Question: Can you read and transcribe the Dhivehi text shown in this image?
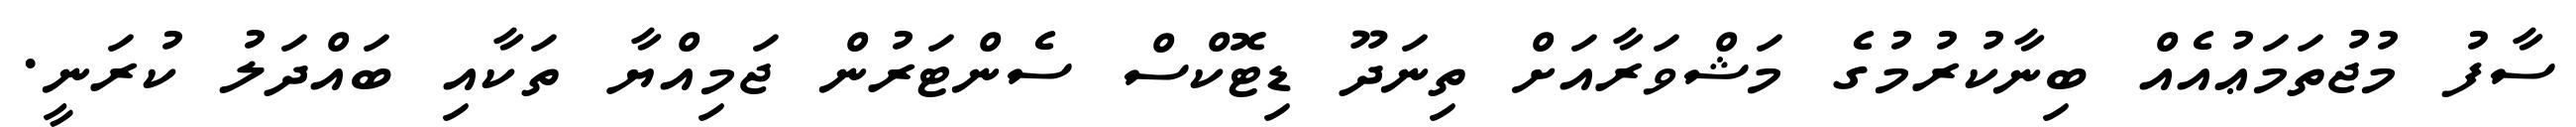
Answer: ސާފު މުޖުތަމަޢުއެއް ބިނާކުރުމުގެ މަޝްވަރާއަށް ތިނަދޫ ޑިޓޮކްސް ސެންޓަރުން ޖަމިއްޔާ ތަކާއި ބައްދަލު ކުރަނީ.